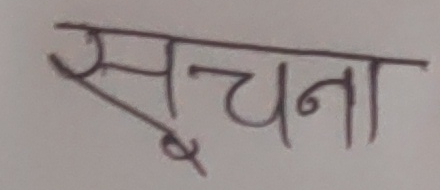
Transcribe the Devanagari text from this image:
सूचना